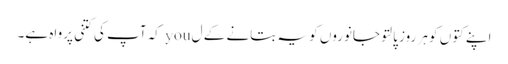
اپنے کتوں کو ہر روز پالتو جانوروں کو یہ بتانے کے ل you کہ آپ کی کتنی پرواہ ہے۔